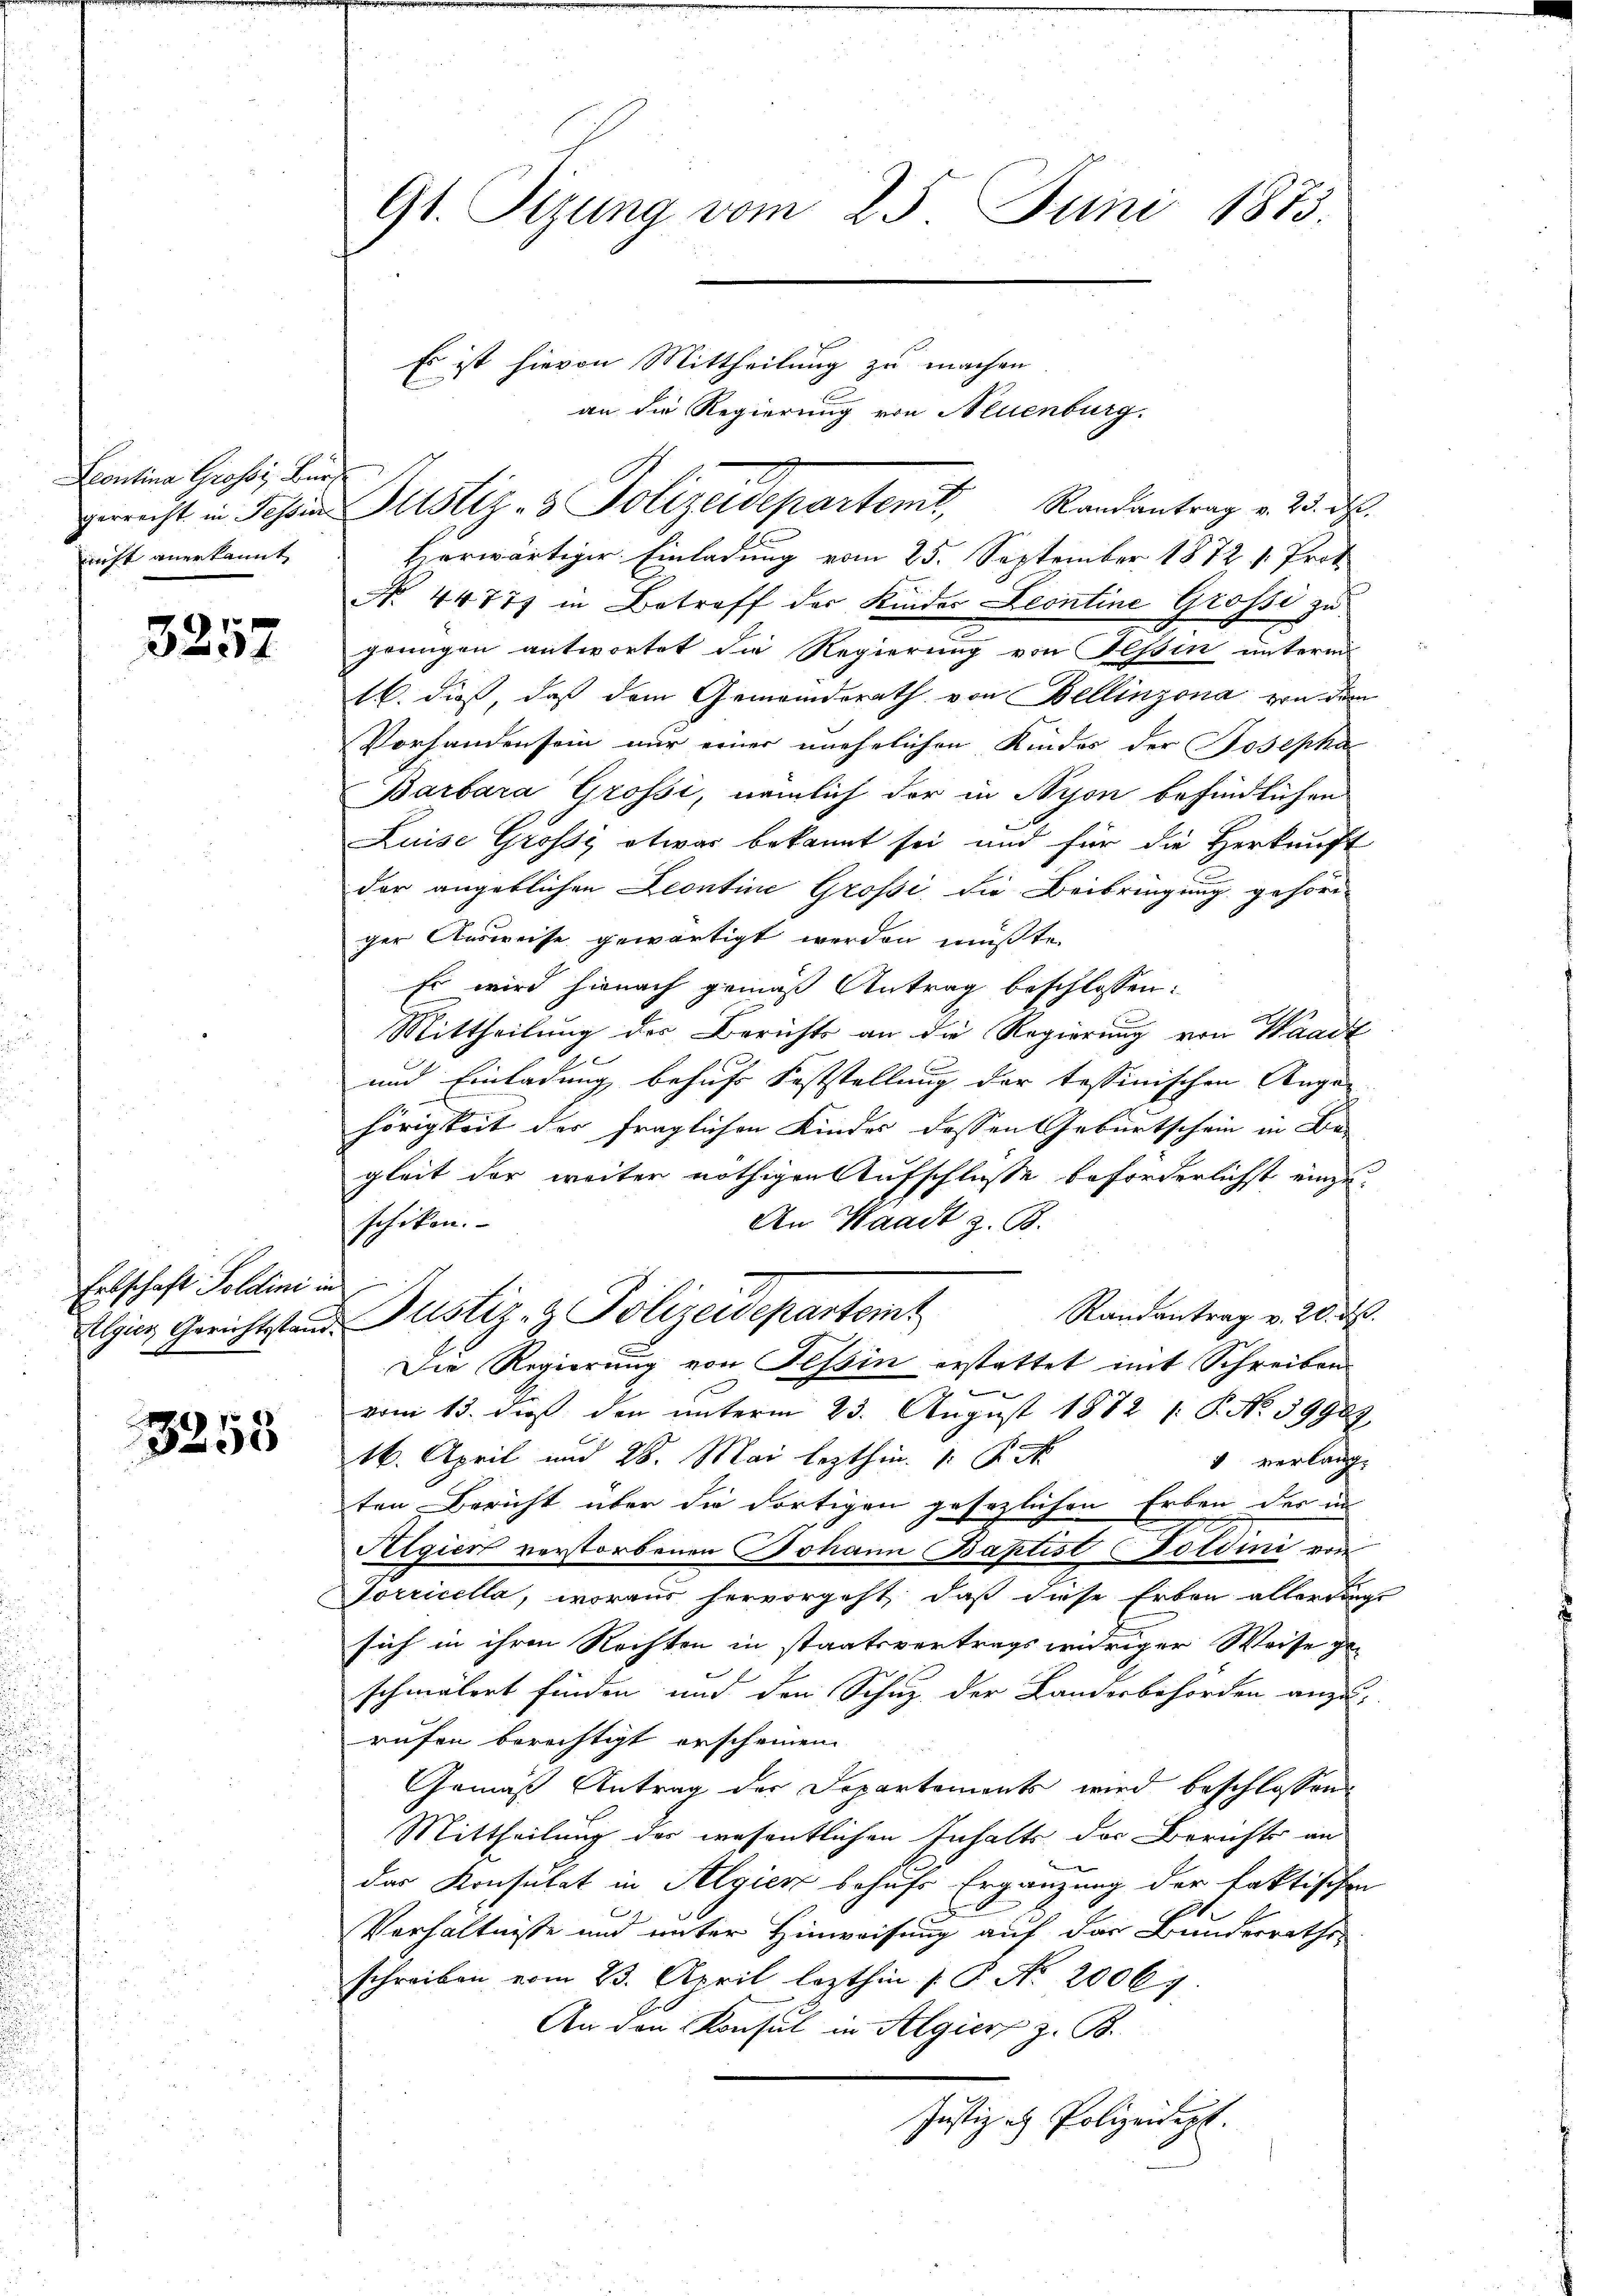
Contina Gross. Burg
nicht anerkannt

3257

Ertschaft Soldini n

3230

G1. Sizung vom 25. Juni 1873.

Es ist hievon Mittheilung zu machen
an die Regierung von Neuenburg.
gericht in Jahren Justiz- & Polizeidepartenit, Randantrag v. 23. d.
Horwärtiger Einladung vom 25. September 1872 v. Prot
No. 44777 in Betreff der Kinder Leontine Grossi zu
grungen antwortet die Regierung von Tessin unterm
16. dieß, daß dem Gemeindsrath von Bellinzona von dem
Vorhandensein nur einer unehelichen Kindes der Josepha
Barbara Grossi, nämlich der in Nyon befindlichen
Luise Grossi etwas bekannt sei und für die Herkauft
der angeblichen Leontine Grossi, die Beibringung gehöri-
ger Ausweise gewärtigt werden müßte.
Es wird hienach gemäß Antrag beschlossen:
Mittheilung der Berichts an die Regierung von Waadt
und Einladung behufs Feststellung der tessinischen Augen-
hörigkeit der fraglichen Kinder dessen Geburtschein in Be-
gleit der weiter nöthigen Aufschlüsse beforderlichst einzuschiken.
An Waadt z. B.
i
Randantrag v. 20. d.
Algien Gerichtstand Justiz- & Polizeidepartamt
Die Regierung von Tessin erstattet mit Schreiben
vom 13. dieß den unterm 23. August 1872 /: P. No 39909.
16. April und 28. Mai lezthin. 1. P. M.
 verlang.
e
ten Bericht über die dortigen gesezlichen Erben der in
Algiert verstorbenen Johann Baptist Goldini von
Jorricella, woraus hervorgeht, daß diese Erben allerdings
sich in ihren Rechten in staatsvertrags widriger Weise geschmälert finden und den Schuz der Landesbehörden anzurufen berechtigt erscheinen.
Gemäß Antrag der Departements wird beschlossen:
Mittheilung des wesentlichen Inhalts der Berichts an
das Konsulat in Algien behufs Ergänzung der faktischen
A

Verhältnisse und unter Hinweisung auf das Bunderrathes
schreiben vom 23. April lezthin 1 S. N. 20067.
An den Konsul in Algier z. B.
Justiz- u Polizeidept.